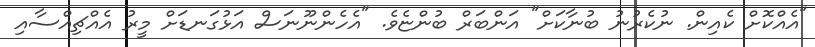
"އެއްކޮށް ކެއިން. ނުކެރުނު ބުނާކަށް" އަންބަރް ބުންޏެވެ. "އެހެންނޫނަސް އަޅުގަނޑަށް މީރު އެއްޗިއްސާއި